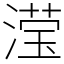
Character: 滢